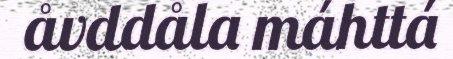
åvddåla máhttá